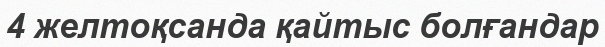
4 желтоқсанда қайтыс болғандар